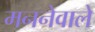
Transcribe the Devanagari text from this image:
मननेवाले